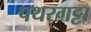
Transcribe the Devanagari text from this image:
पथरगट्टा